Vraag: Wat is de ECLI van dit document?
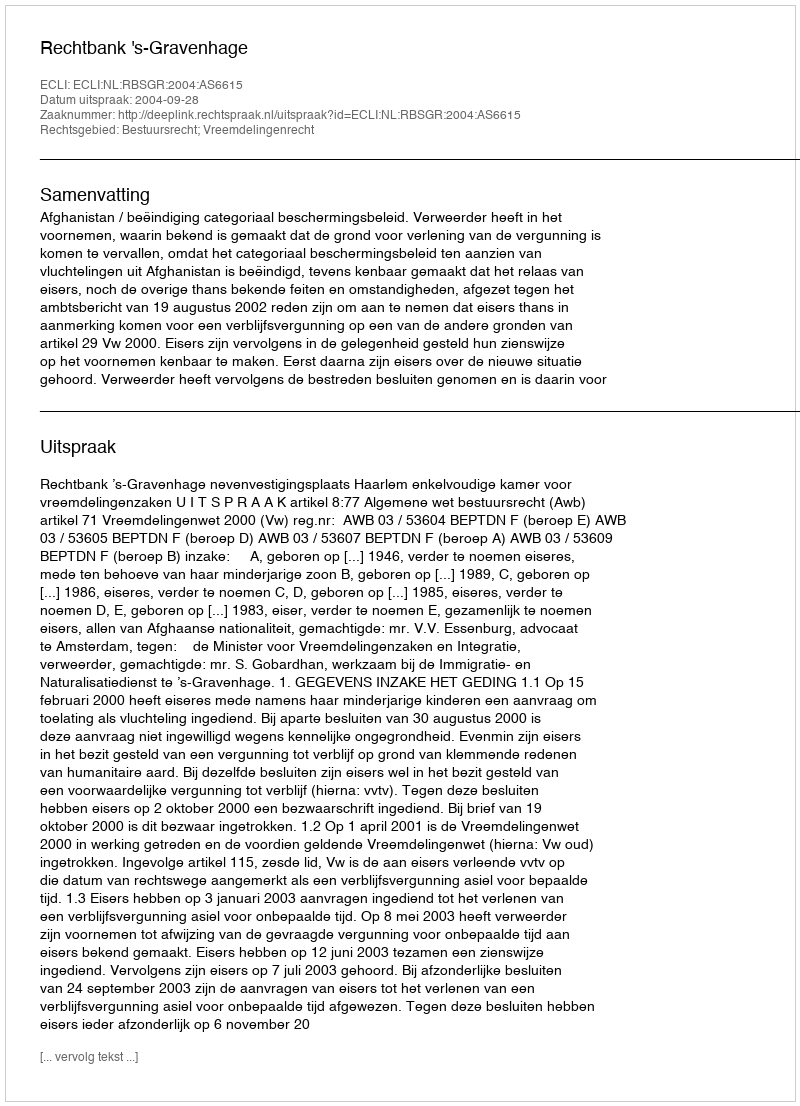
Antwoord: ECLI:NL:RBSGR:2004:AS6615